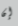
إن